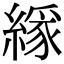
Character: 𦄘